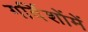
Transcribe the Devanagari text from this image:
गर्दिशोंमें